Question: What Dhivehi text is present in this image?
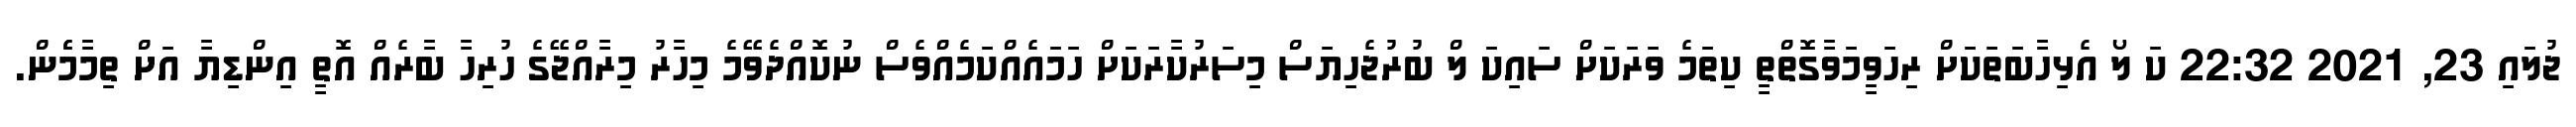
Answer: ޖުލައި 23, 2021 22:32 ކަ ލޯ އެޅިހާބަތަކަށް ރިހަވީމަވާގޮތްތީ ކިތަމެ ވަރަކަށް ސައިކަ ލް ބުރުޖެހިޔަސް މިސަރުކާރަކަށް ހަމައެއްކަމެއްވެސް ނުކޮއްދެވޭމެ މިހާރު މިރާއްޖޭގެ ހުރިހާ ބާރެއް އޮތީ އިންޑިޔާ އަށް ތިމާމެެން.